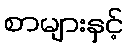
စာများနှင့်